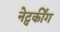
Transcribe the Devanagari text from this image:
नेट्वर्कींग